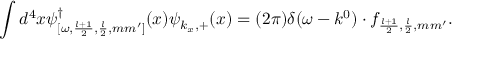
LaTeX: \int d ^ { 4 } x \psi _ { [ \omega , \frac { l + 1 } { 2 } , \frac { l } { 2 } , m m ^ { \prime } ] } ^ { \dagger } ( x ) \psi _ { k _ { x } , + } ( x ) = ( 2 \pi ) \delta ( \omega - k ^ { 0 } ) \cdot f _ { \frac { l + 1 } { 2 } , \frac { l } { 2 } , m m ^ { \prime } } .